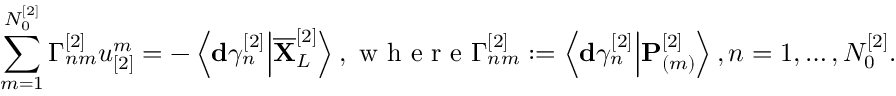
\sum _ { m = 1 } ^ { N _ { 0 } ^ { [ 2 ] } } \Gamma _ { n m } ^ { [ 2 ] } u _ { [ 2 ] } ^ { m } = - \left\langle \mathbf { d } \gamma _ { n } ^ { [ 2 ] } \Big \vert \overline { { \mathbf { X } } } _ { L } ^ { [ 2 ] } \right\rangle , \mathrm { ~ w ~ h ~ e ~ r ~ e ~ } \Gamma _ { n m } ^ { [ 2 ] } : = \left\langle \mathbf { d } \gamma _ { n } ^ { [ 2 ] } \Big \vert \mathbf { P } _ { ( m ) } ^ { [ 2 ] } \right\rangle , n = 1 , \dots , N _ { 0 } ^ { [ 2 ] } .